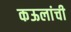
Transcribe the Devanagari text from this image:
कऊलांची